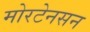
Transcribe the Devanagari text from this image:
मोरटेनसन